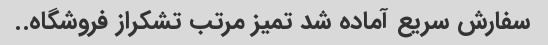
سفارش سریع آماده شد تمیز مرتب تشکراز فروشگاه..